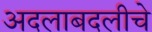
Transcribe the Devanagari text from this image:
अदलाबदलीचे